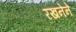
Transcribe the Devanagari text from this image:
रखनेने